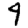
Digit: 4